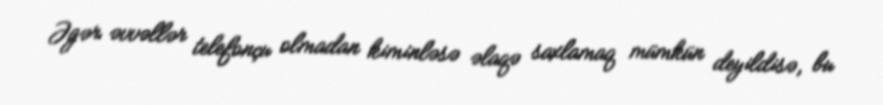
Əgər əvvəllər telefonçu olmadan kiminləsə əlaqə saxlamaq mümkün deyildisə, bu